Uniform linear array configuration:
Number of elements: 64
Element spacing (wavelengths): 0.25
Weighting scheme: hann
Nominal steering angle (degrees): -15
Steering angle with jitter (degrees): -14.752
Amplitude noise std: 0.05
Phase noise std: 0.05

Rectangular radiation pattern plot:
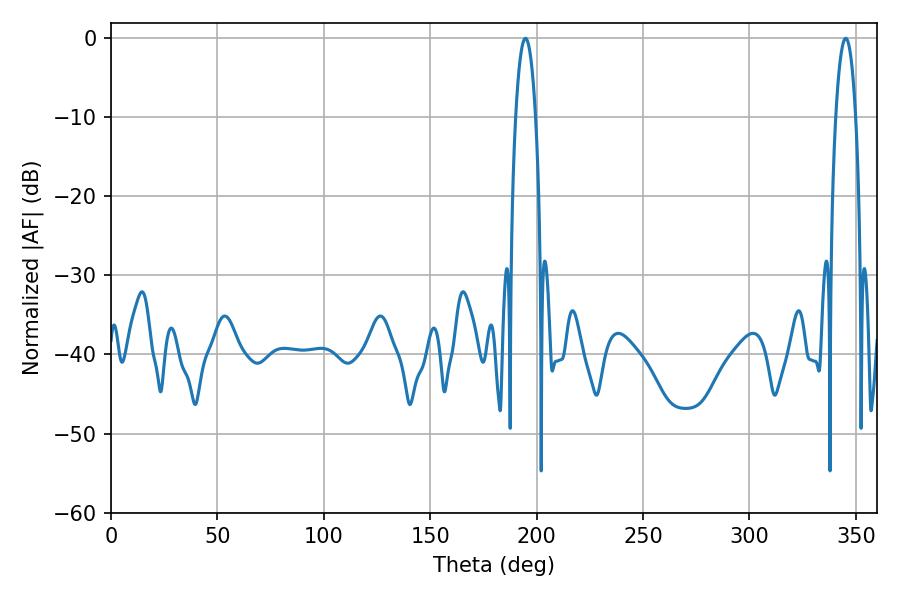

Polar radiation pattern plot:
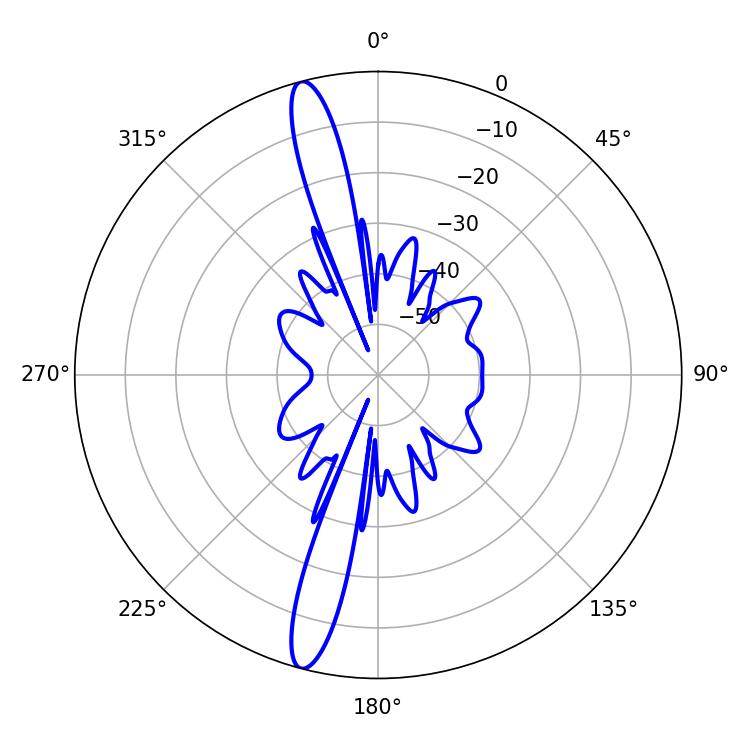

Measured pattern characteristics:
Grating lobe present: FALSE
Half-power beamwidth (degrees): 5.04
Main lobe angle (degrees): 194.76